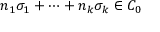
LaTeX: n _ { 1 } \sigma _ { 1 } + \cdots + n _ { k } \sigma _ { k } \in C _ { 0 }